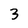
Character: 3